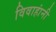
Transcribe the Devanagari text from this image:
विवाहांनी